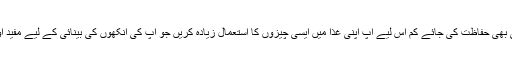
آنکھوں کی جتنی بھی حفاظت کی جائے کم اس لیے آپ اپنی غذا میں ایسی چیزوں کا استعمال زیادہ کریں جو آپ کی آنکھوں کی بینائی کے لیے مفید اور کارآمد ہو ں ۔